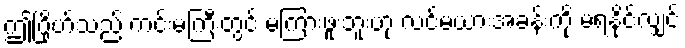
ဤဂြိုဟ်သည် ကင်းမကြီးတွင် မကြားဖူးဘူးဟု လင်မယားအခန်းကို မရနိုင်လျှင်